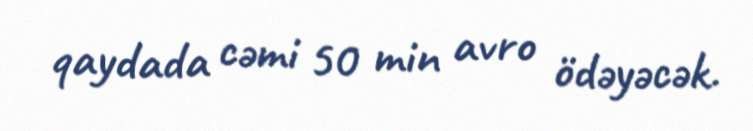
qaydada cəmi 50 min avro ödəyəcək.